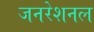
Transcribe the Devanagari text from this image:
जनरेशनल